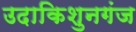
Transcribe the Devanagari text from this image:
उदाकिशुनगंज